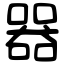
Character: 器